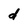
Character: d